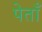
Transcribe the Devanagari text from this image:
पेताँ